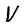
Character: V